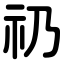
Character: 礽